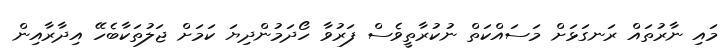
މައި ނާރުތައް ރަނގަޅަށް މަސައްކަތް ނުކުރާތީވެސް ފަރުވާ ހޯދަމުންދިޔަ ކަމަށް ޖަލުތަކާބެހޭ އިދާރާއިން